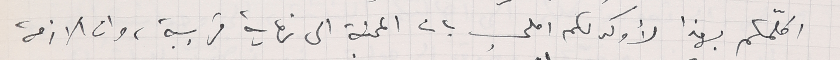
اكلّمكم بهذا لأوكد لكم املي بان المحنة الى نهاية قريبة، وان الازمة